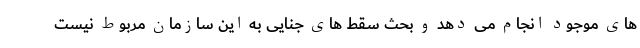
های موجود انجام می دهد و بحث سقط های جنایی به این سازمان مربوط نیست